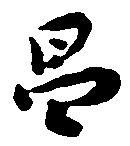
昌